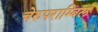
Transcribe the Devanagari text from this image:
चेरुपराम्बिल